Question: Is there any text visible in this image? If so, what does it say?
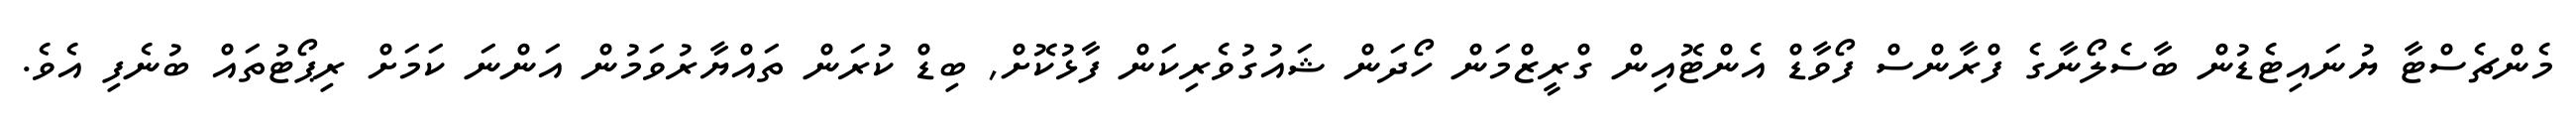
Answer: މެންޗެސްޓާ ޔުނައިޓެޑުން ބާސެލޯނާގެ ފްރާންސް ފޯވާޑް އެންޓޮއިން ގްރީޒްމަން ހޯދަން ޝައުގުވެރިކަން ފާޅުކޮށް, ބިޑް ކުރަން ތައްޔާރުވަމުން އަންނަ ކަމަށް ރިޕޯޓުތައް ބުނެފި އެވެ.